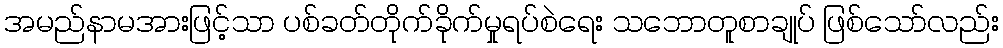
အမည်နာမအားဖြင့်သာ ပစ်ခတ်တိုက်ခိုက်မှုရပ်စဲရေး သဘောတူစာချုပ် ဖြစ်သော်လည်း